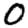
Digit: 0